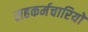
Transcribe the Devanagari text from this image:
सहकर्मचारियों